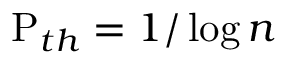
\mathrm { P } _ { t h } = 1 / \log n